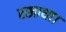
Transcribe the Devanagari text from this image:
रखाथा।